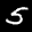
Label: 5